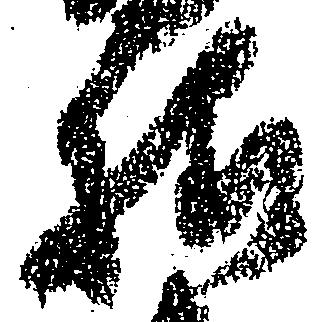
様